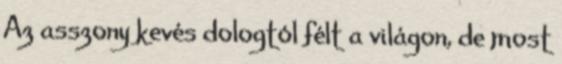
Az asszony kevés dologtól félt a világon, de most